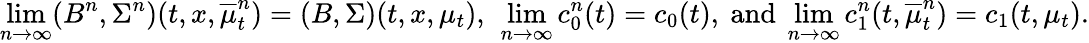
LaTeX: \operatorname*{lim}_{n\to\infty}(B^{n},\Sigma^{n})(t,x,\overline{{\mu}}_{t}^{n})=(B,\Sigma)(t,x,\mu_{t}),~\operatorname*{lim}_{n\to\infty}c_{0}^{n}(t)=c_{0}(t),~\mathrm{and}~\operatorname*{lim}_{n\to\infty}c_{1}^{n}(t,\overline{{\mu}}_{t}^{n})=c_{1}(t,\mu_{t}).